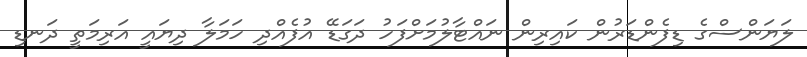
ލަޔަންސްގެ ޑިފެންޑަރުން ކައިރިން ނައްޓާލުމަށްފަހު ދަގަޑޭ އުފެއްދި ހަމަލާ ދިޔައީ އަރިމަތީ ދަނޑި